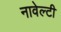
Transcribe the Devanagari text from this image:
नावेल्टी